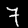
Digit: 7